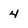
Character: 4